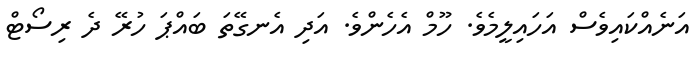
އަނެއްކައިވެސް އަހައިލީމެވެ. ހޫމް އެހެންވެ. އަދި އެނގޭތަ ބައްޕަ ހުރޭ ދެ ރިސޯޓް